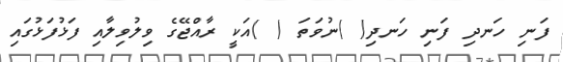
ފަނި ހަނދި ފަނި ހަނދި( )ނުވަތަ ( )އަކީ ރާއްޖޭގެ ވިލުވިލާއި ފަޅުފަޅުގައި